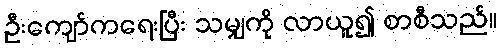
ဦးကျော်ကရေးပြီး သမျှကို လာယူ၍ စာစီသည်။